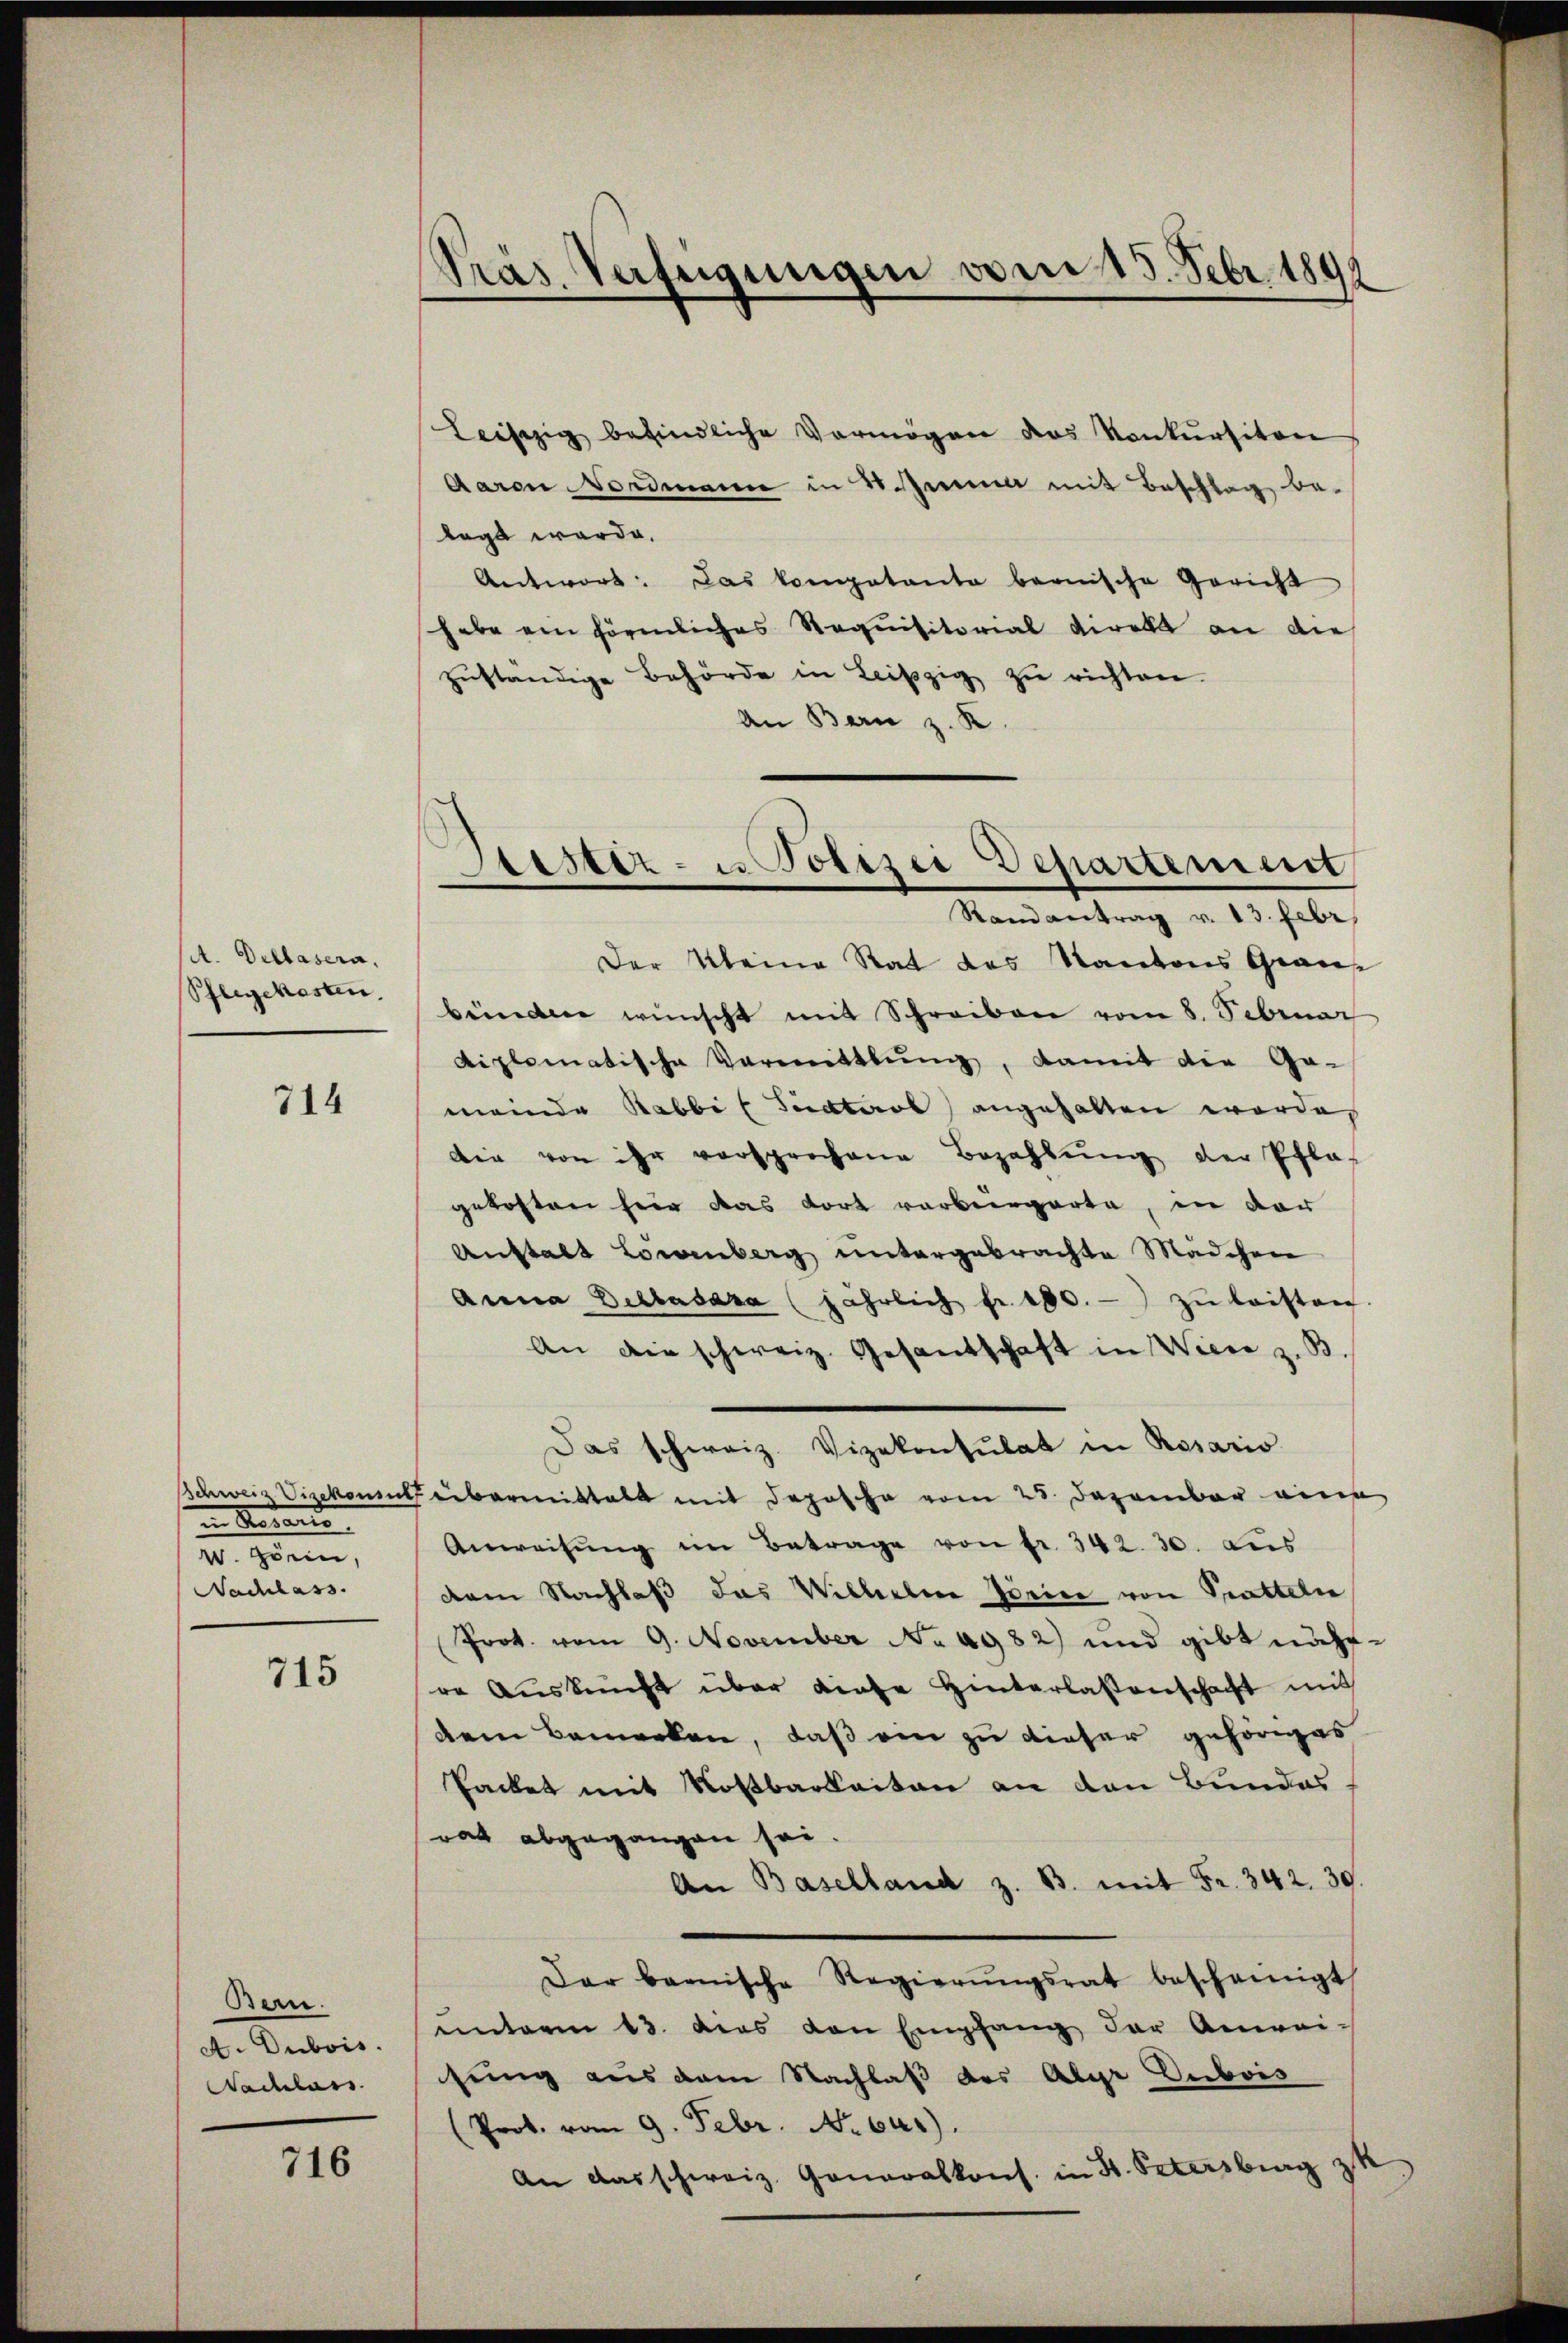
A. Dillasern.
Schlegekosten.

714

Schweiz Vizekonsult
in Notaris
W. Hörin,
Nachlass.

715

Bern.
A. Dubois.
Nachlass

716

Leiszig befindliche Vermögen das Konkursiton
Aaren Nordmann in 2 Zimmer mit Beschlag be-
legt werde.
Antwort: Das kompetente bernische Gericht
habe ein förmliches Requisitorial direkt an die
zŭständige Behörde in Leipzig zŭ richten.
An Bern z. K.

Präs. Verfügungen vom 15. Febr. 1891

Lister- u Polizei Departement
Randantrag v. 13. Febr.

Der Kleine Rat des Kantons Grau
beiden wünscht mit Schreiben vom 8. Sebruar
diplomatische Vermittlung, damit die Ge-
meinde Rabbi (Südtirol angehalten worde
die von ihr versprochene Bezahlŭng der Pflas
gekosten hier das dort vorbergarte, in der
Anstalt Lorenberg untergebrachte Mädchen
Anna Detasasa (jährlich fr. 100.- zŭ leisten
An die schweiz. Gesandschaft in Wiese z. B.
übermittelt mit Deposche vom 28. Dezember eine
Anweisŭng im Betrage von fr. 342. 30. aus
dem Nachlaß das Willerline Jurice von Prattelie
Prot. vom 9. November No 4982) und gibt nächre Aŭskŭnft über diese Hinterlassenschaft mit
dem Bemerken, daß ein zu dieser gehöriges
Packet mit Rostbarkeiten an den Bundes
rat abgegangen sei.
An Baselland z. B. mit Fr. 342. 30.
Dar bernische Regierŭngsrat bescheinigt
unterm 13. dies von Empfang der Anweisung aus dem Nachlaß des Ayr Dubois
(Prot. vom 9. Febr. No 641).
An das schweiz. Generalkons. in St. Petersburg

Das schweiz. Vizekonsulat in Rosario